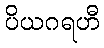
ပိယဂရဟီ